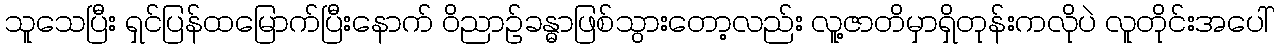
သူသေပြီး ရှင်ပြန်ထမြောက်ပြီးနောက် ဝိညာဉ်ခန္ဓာဖြစ်သွားတော့လည်း လူ့ဇာတိမှာရှိတုန်းကလိုပဲ လူတိုင်းအပေါ်